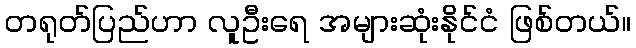
တရုတ်ပြည်ဟာ လူဦးရေ အများဆုံးနိုင်ငံ ဖြစ်တယ်။